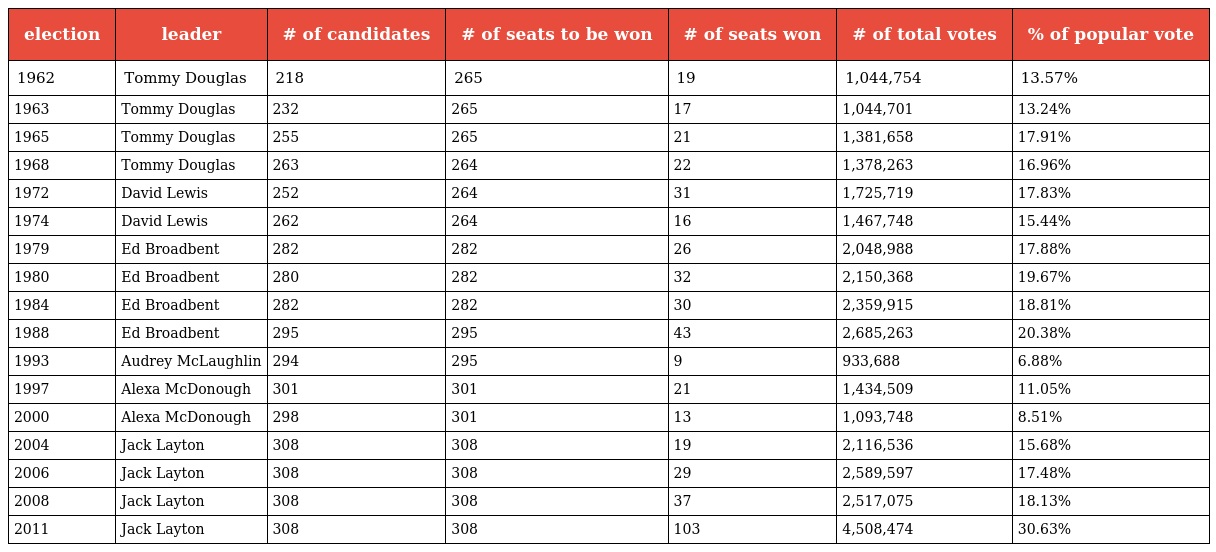
| election | leader | # of candidates | # of seats to be won | # of seats won | # of total votes | % of popular vote |
 | --- | --- | --- | --- | --- | --- | --- |
 | 1962 | Tommy Douglas | 218 | 265 | 19 | 1,044,754 | 13.57% |
 | 1963 | Tommy Douglas | 232 | 265 | 17 | 1,044,701 | 13.24% |
 | 1965 | Tommy Douglas | 255 | 265 | 21 | 1,381,658 | 17.91% |
 | 1968 | Tommy Douglas | 263 | 264 | 22 | 1,378,263 | 16.96% |
 | 1972 | David Lewis | 252 | 264 | 31 | 1,725,719 | 17.83% |
 | 1974 | David Lewis | 262 | 264 | 16 | 1,467,748 | 15.44% |
 | 1979 | Ed Broadbent | 282 | 282 | 26 | 2,048,988 | 17.88% |
 | 1980 | Ed Broadbent | 280 | 282 | 32 | 2,150,368 | 19.67% |
 | 1984 | Ed Broadbent | 282 | 282 | 30 | 2,359,915 | 18.81% |
 | 1988 | Ed Broadbent | 295 | 295 | 43 | 2,685,263 | 20.38% |
 | 1993 | Audrey McLaughlin | 294 | 295 | 9 | 933,688 | 6.88% |
 | 1997 | Alexa McDonough | 301 | 301 | 21 | 1,434,509 | 11.05% |
 | 2000 | Alexa McDonough | 298 | 301 | 13 | 1,093,748 | 8.51% |
 | 2004 | Jack Layton | 308 | 308 | 19 | 2,116,536 | 15.68% |
 | 2006 | Jack Layton | 308 | 308 | 29 | 2,589,597 | 17.48% |
 | 2008 | Jack Layton | 308 | 308 | 37 | 2,517,075 | 18.13% |
 | 2011 | Jack Layton | 308 | 308 | 103 | 4,508,474 | 30.63% |